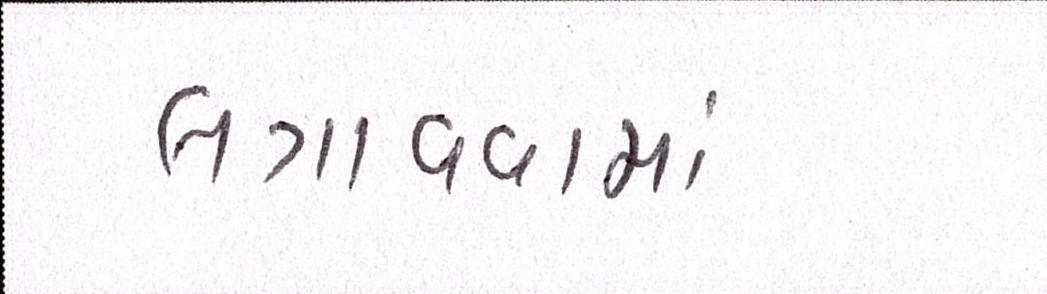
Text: લગાવવામાં